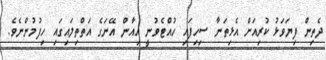
ދެތިން ފިޔަވަޅު ކުރިއަށް އެޅިތަނާ ސިހިފައި ހުއްޓެވުނީ އިއާން އޭނަގެ އަތްތިލައިގައި ހިފުމުންނެވެ.